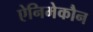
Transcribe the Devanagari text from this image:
ऐनिमेकौन